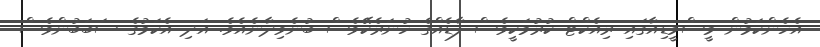
އެހެންކަމުން މީސްމީޑިއާގައި ރިއެކްޓް ކުރުމަކީވެސް ފާޑެއްގެ ހުނަރެކޭވެސް ބުނެވިދާނެއެވެ. އަދި އެކަމުގެ ސަބަބުންވެސް